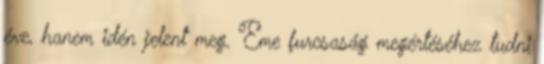
éve, hanem idén jelent meg. Eme furcsaság megértéséhez tudni